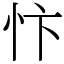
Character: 忭